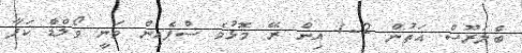
ބެލަރޫސް އަތުން 2-1 އިން ރޭ މޮޅުވެ ސްޕެއިން ވަނީ ވޯލްޑް ކަޕާ